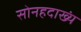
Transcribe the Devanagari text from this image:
सोनहदाख्यं